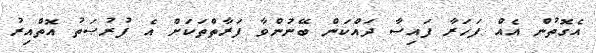
އެގޮތުން އެއް ފަހަރާ ފައިސާ ދައްކަން ބޭނުންވާ ފަރާތްތަކަށް އެ ފުރުޞަތު އޮތްއިރު